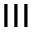
^ { { \sf I I I } }